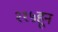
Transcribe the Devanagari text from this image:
२१५हून